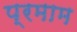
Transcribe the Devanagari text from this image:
प्रमाम